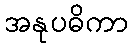
အနုပဓိကာ